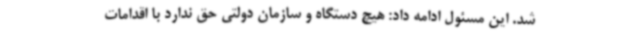
شد. این مسئول ادامه داد: هیچ دستگاه و سازمان دولتی حق ندارد با اقدامات